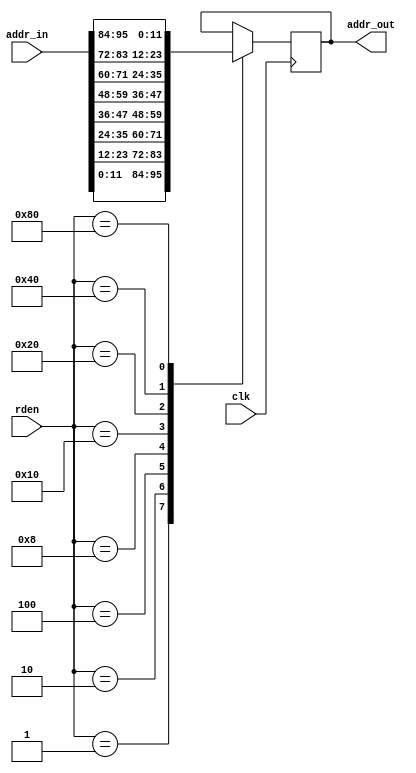
module enemy_mux(clk,addr_in,addr_out, rden);

	input clk;
   input [95:0] addr_in;
	output reg [11:0] addr_out;
	input [7:0] rden;
	
	initial begin
		addr_out <= 0;
	end
	
	always@(posedge clk) begin
		case(rden)
			8'b00000001:addr_out <= addr_in[11:0];
			8'b00000010:addr_out <= addr_in[23:12];
			8'b00000100:addr_out <= addr_in[35:24];
			8'b00001000:addr_out <= addr_in[47:36];
			8'b00010000:addr_out <= addr_in[59:48];
			8'b00100000:addr_out <= addr_in[71:60];
			8'b01000000:addr_out <= addr_in[83:72];
			8'b10000000:addr_out <= addr_in[95:84];
		endcase
	end
endmodule